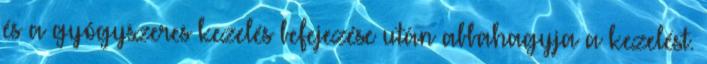
és a gyógyszeres kezelés befejezése után abbahagyja a kezelést.